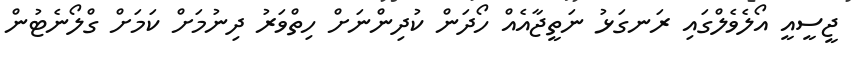
ޖީސީއީ އޯލެވެލްގައި ރަނގަޅު ނަތީޖާއެއް ހޯދަން ކުދިންނަށް ހިތްވަރު ދިނުމަށް ކަމަށް ގްލޯނެޓުން